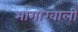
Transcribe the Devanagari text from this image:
भागाखाली